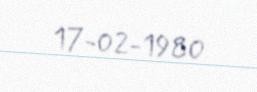
17-02-1980